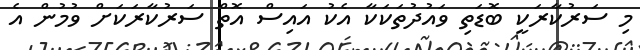
މި ސަރުކާރަކީ ބޮޑަތި ވައުދުތަކަކާ އެކު އައިސް އޮތް ސަރުކާރަކަށް ވުމުން އެ